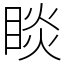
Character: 睒